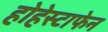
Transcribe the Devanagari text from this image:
होहेस्टाफेन